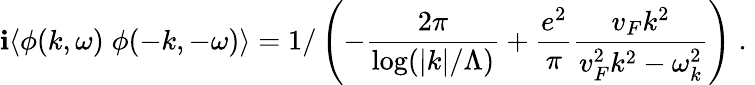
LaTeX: \mathbf{i}\langle\phi(k,\omega)\; \phi(-k,-\omega)\rangle=1/\left(-\frac{{2\pi}}{{\log(|k|/\Lambda)}}+\frac{{e^{2}}}{{\pi}}\frac{{v_{F}k^{2}}}{{v_{F}^{2}k^{2}-\omega_{k}^{2}}}\right)\; .\;